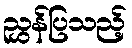
ညွှန်ပြသည့်